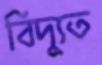
বিদ্যুত